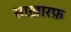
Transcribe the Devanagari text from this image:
साख़ारफ़